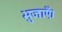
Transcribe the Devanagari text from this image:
भुजाएँ।